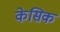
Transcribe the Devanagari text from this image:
केसिक